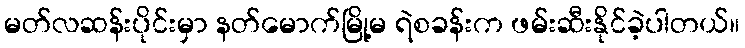
မတ်လဆန်းပိုင်းမှာ နတ်မောက်မြို့မ ရဲစခန်းက ဖမ်းဆီးနိုင်ခဲ့ပါတယ်။